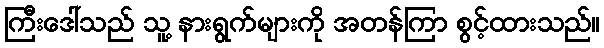
ကြီးဒေါ်သည် သူ့ နားရွက်များကို အတန်ကြာ စွင့်ထားသည်။